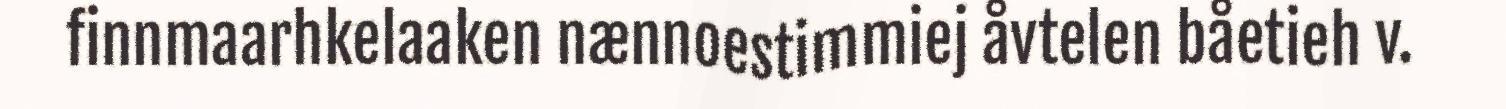
finnmaarhkelaaken nænnoestimmiej åvtelen båetieh v.